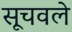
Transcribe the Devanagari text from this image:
सूचवले